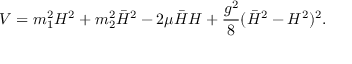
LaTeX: V = m _ { 1 } ^ { 2 } H ^ { 2 } + m _ { 2 } ^ { 2 } \bar { H } ^ { 2 } - 2 \mu \bar { H } H + \frac { g ^ { 2 } } { 8 } ( \bar { H } ^ { 2 } - H ^ { 2 } ) ^ { 2 } .